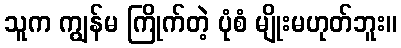
သူက ကျွန်မ ကြိုက်တဲ့ ပုံစံ မျိုးမဟုတ်ဘူး။